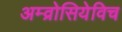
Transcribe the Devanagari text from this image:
अम्व्रोसियेविच